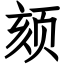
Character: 颏